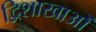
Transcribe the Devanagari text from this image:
द्विशाखाओं